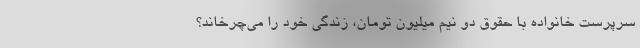
سرپرست خانواده با حقوق دو نیم میلیون تومان، زندگی خود را می‌چرخاند؟